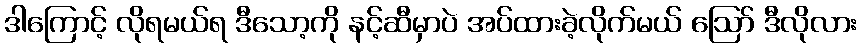
ဒါကြောင့် လိုရမယ်ရ ဒီသော့ကို နင့်ဆီမှာပဲ အပ်ထားခဲ့လိုက်မယ် ဪ ဒီလိုလား